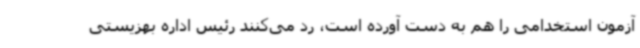
آزمون استخدامی را هم به دست آورده است، رد می‌کنند رئیس اداره بهزیستی